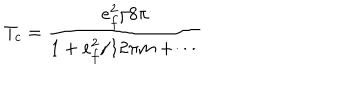
LaTeX: T _ { c } = \frac { e _ { f } ^ { 2 } / 8 \pi } { 1 + e _ { f } ^ { 2 } / 1 2 \pi m + \cdots }